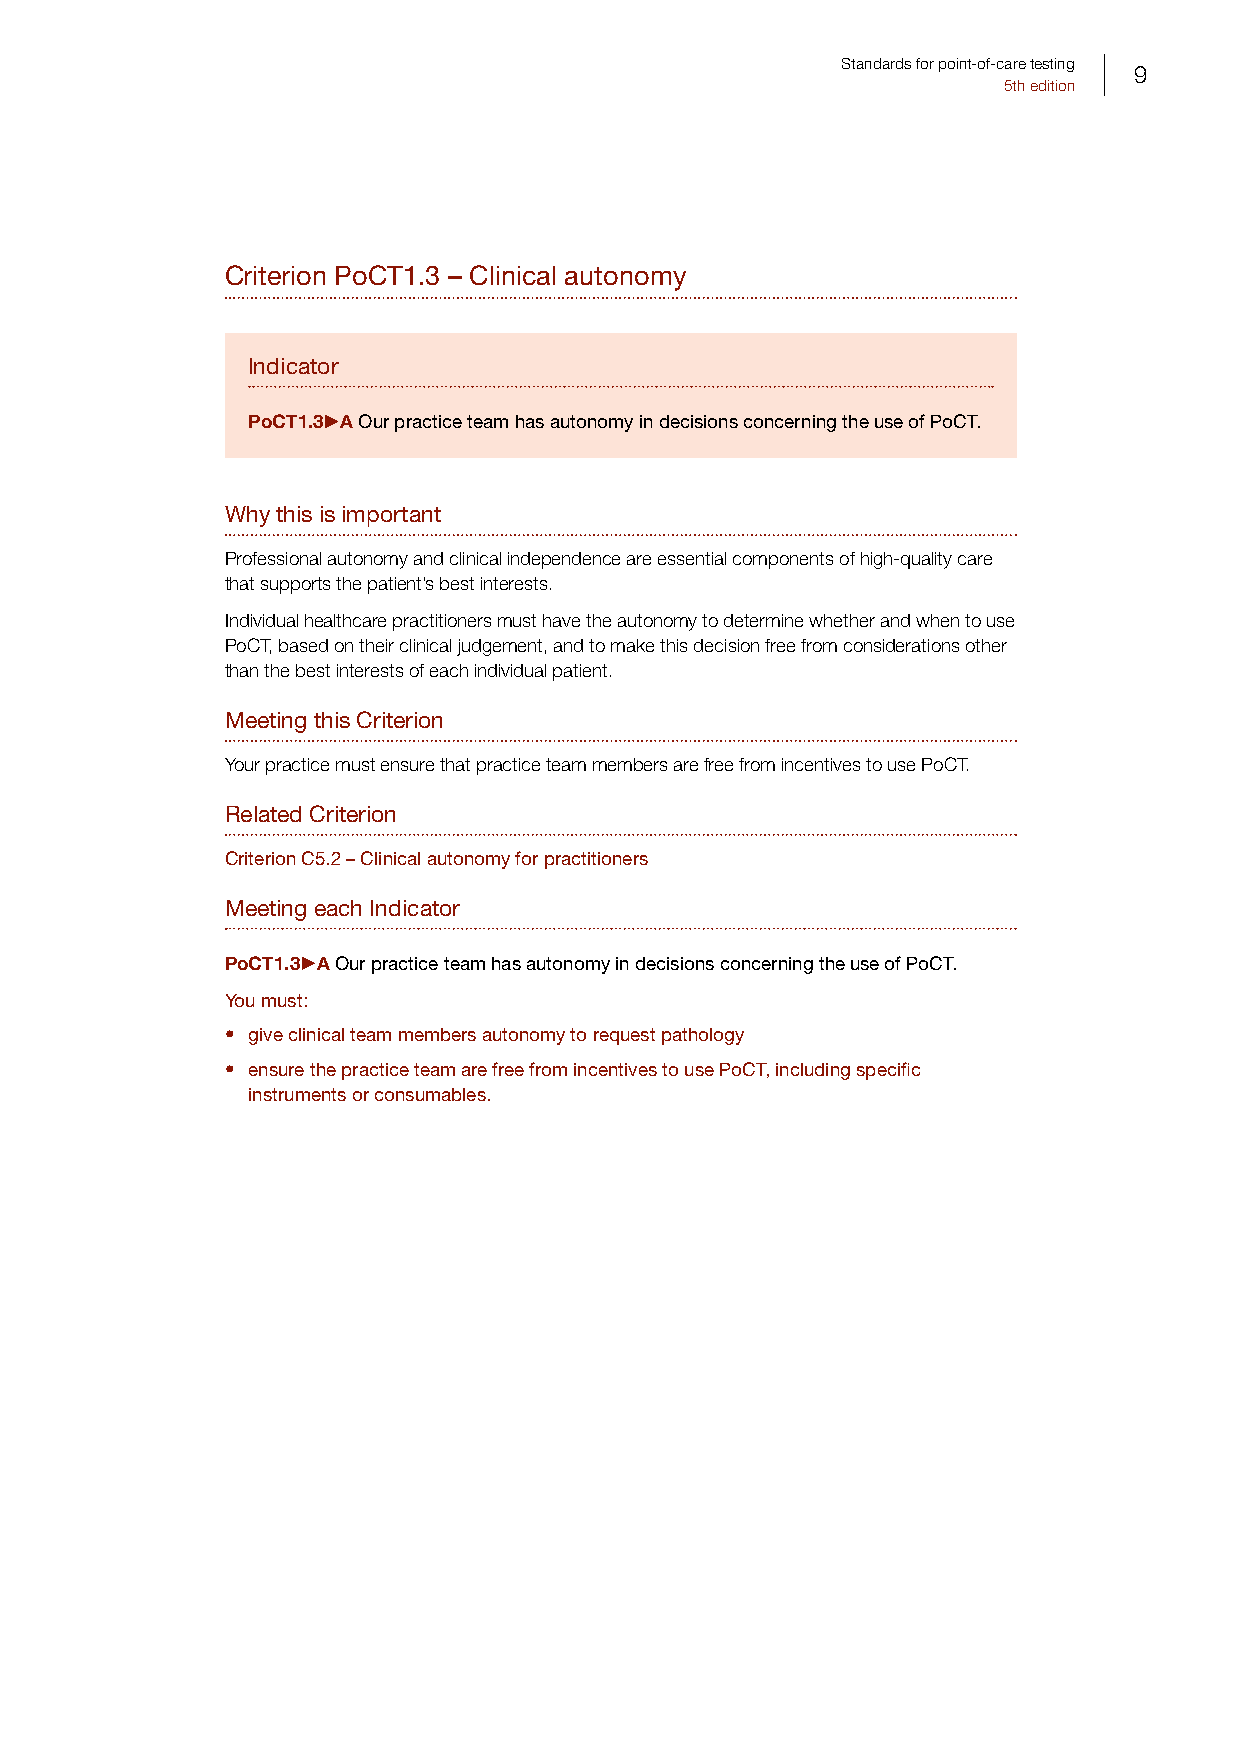
Standards for point-of-care testing
 9
 5th edition
 Criterion PoCT1.3 – Clinical autonomy
 Indicator
 PoCT1.3 A Our practice team has autonomy in decisions concerning the use of PoCT.
 Why this is important
 Professional autonomy and clinical independence are essential components of high-quality care
 that supports the patient’s best interests.
 Individual healthcare practitioners must have the autonomy to determine whether and when to use
 PoCT, based on their clinical judgement, and to make this decision free from considerations other
 than the best interests of each individual patient.
 Meeting this Criterion
 Your practice must ensure that practice team members are free from incentives to use PoCT.
 Related Criterion
 Criterion C5.2 – Clinical autonomy for practitioners
 Meeting each Indicator
 PoCT1.3 A Our practice team has autonomy in decisions concerning the use of PoCT.
 You must:
 • give clinical team members autonomy to request pathology
 • ensure the practice team are free from incentives to use PoCT, including specific
 instruments or consumables.